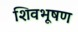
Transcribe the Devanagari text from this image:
शिवभूषण